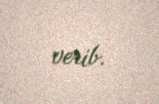
verib.